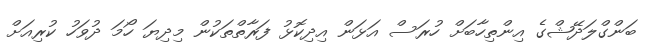
ބަންގްލަދޭޝްގެ އިންތިހާބަށް ހުރަސް އަޅަން އިދިކޮޅު ފަރާތްތަކުން މިދިޔަ ހޯމަ ދުވަހު ކުރިއަށް